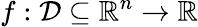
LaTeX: f:{\mathcal{D}}\subseteq\mathbb{R}^{n}\to\mathbb{R}